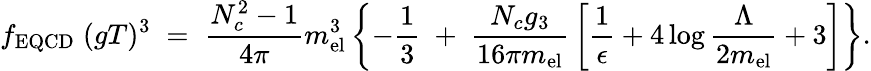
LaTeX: f_{\mathrm{EQCD}}\; (gT)^{3}\; =\; {\frac{N_{c}^{2}-1}{4\pi}}m_{\mathrm{el}}^{3}\left\{ -{\frac{1}{3}}\; +\; {\frac{N_{c}g_{3}}{16\pi m_{\mathrm{el}}}}\left[{\frac{1}{\epsilon}}+4\log{\frac{\Lambda}{2m_{\mathrm{el}}}}+3\right]\right\} .